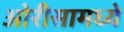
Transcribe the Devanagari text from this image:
ओरीसामध्ये